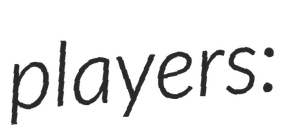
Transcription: players: